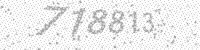
Solution: 718813